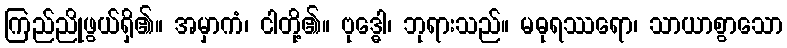
ကြည်ညိုဖွယ်ရှိ၏။ အမှာကံ၊ ငါတို့၏။ ဗုဒ္ဓေါ၊ ဘုရားသည်။ မဓုရဿရော၊ သာယာစွာသော